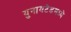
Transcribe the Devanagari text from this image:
युनायटेडमध्ये